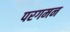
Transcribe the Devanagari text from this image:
परगमन